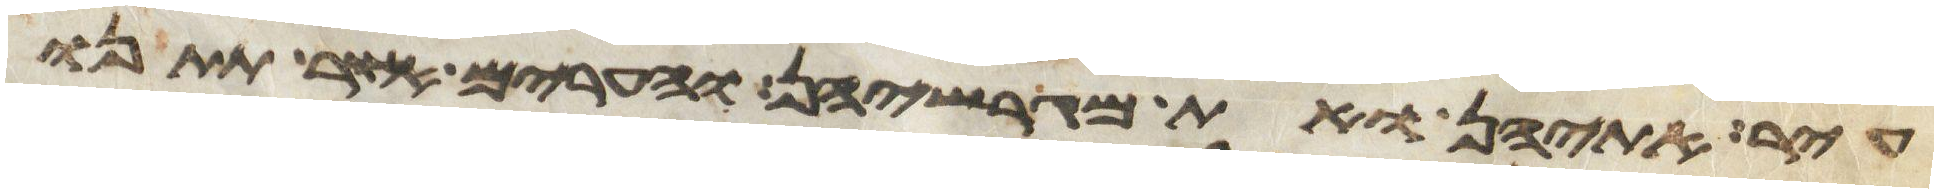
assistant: עיר אתהן ואת מגרשיהן והערים אשר תתנו